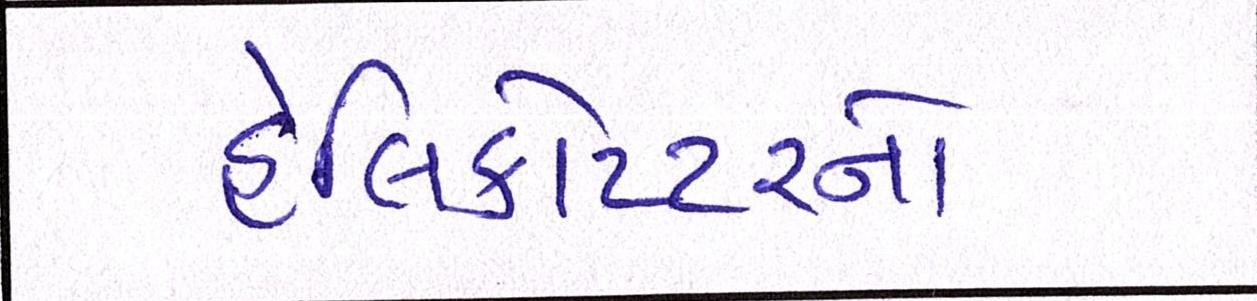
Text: હેલિકોપ્ટરનો